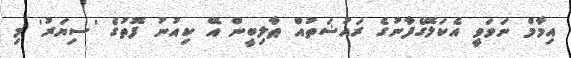
އިމާމް ނަވަވީ އެކަލޭގެފާނުގެ ރައުޟަތުއް ޠާލިބީން އޭ ކިއުނު ފޮތުގެ 'ސިޔަރު' މި